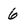
Character: 6